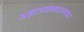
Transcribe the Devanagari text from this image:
अज्ञातवासादरम्यान